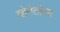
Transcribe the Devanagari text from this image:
व्हेनेतोला